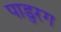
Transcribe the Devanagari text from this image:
पाडुरग